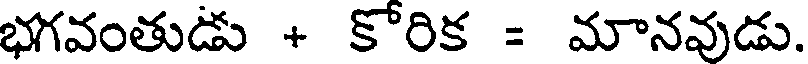
భగవంతుడు + కోరిక = మానవుడు.